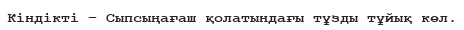
Кіндікті – Сыпсыңағаш қолатындағы тұзды тұйық көл.